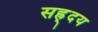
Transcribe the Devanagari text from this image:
सह्र्दय